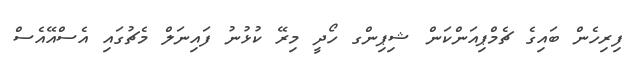
ފިރިހެން ބައިގެ ޗެމްޕިއަންކަން ޝިޕިންގ ހޯދީ މިރޭ ކުޅުނު ފައިނަލް މެޗުގައި އެސްއޭއެސް